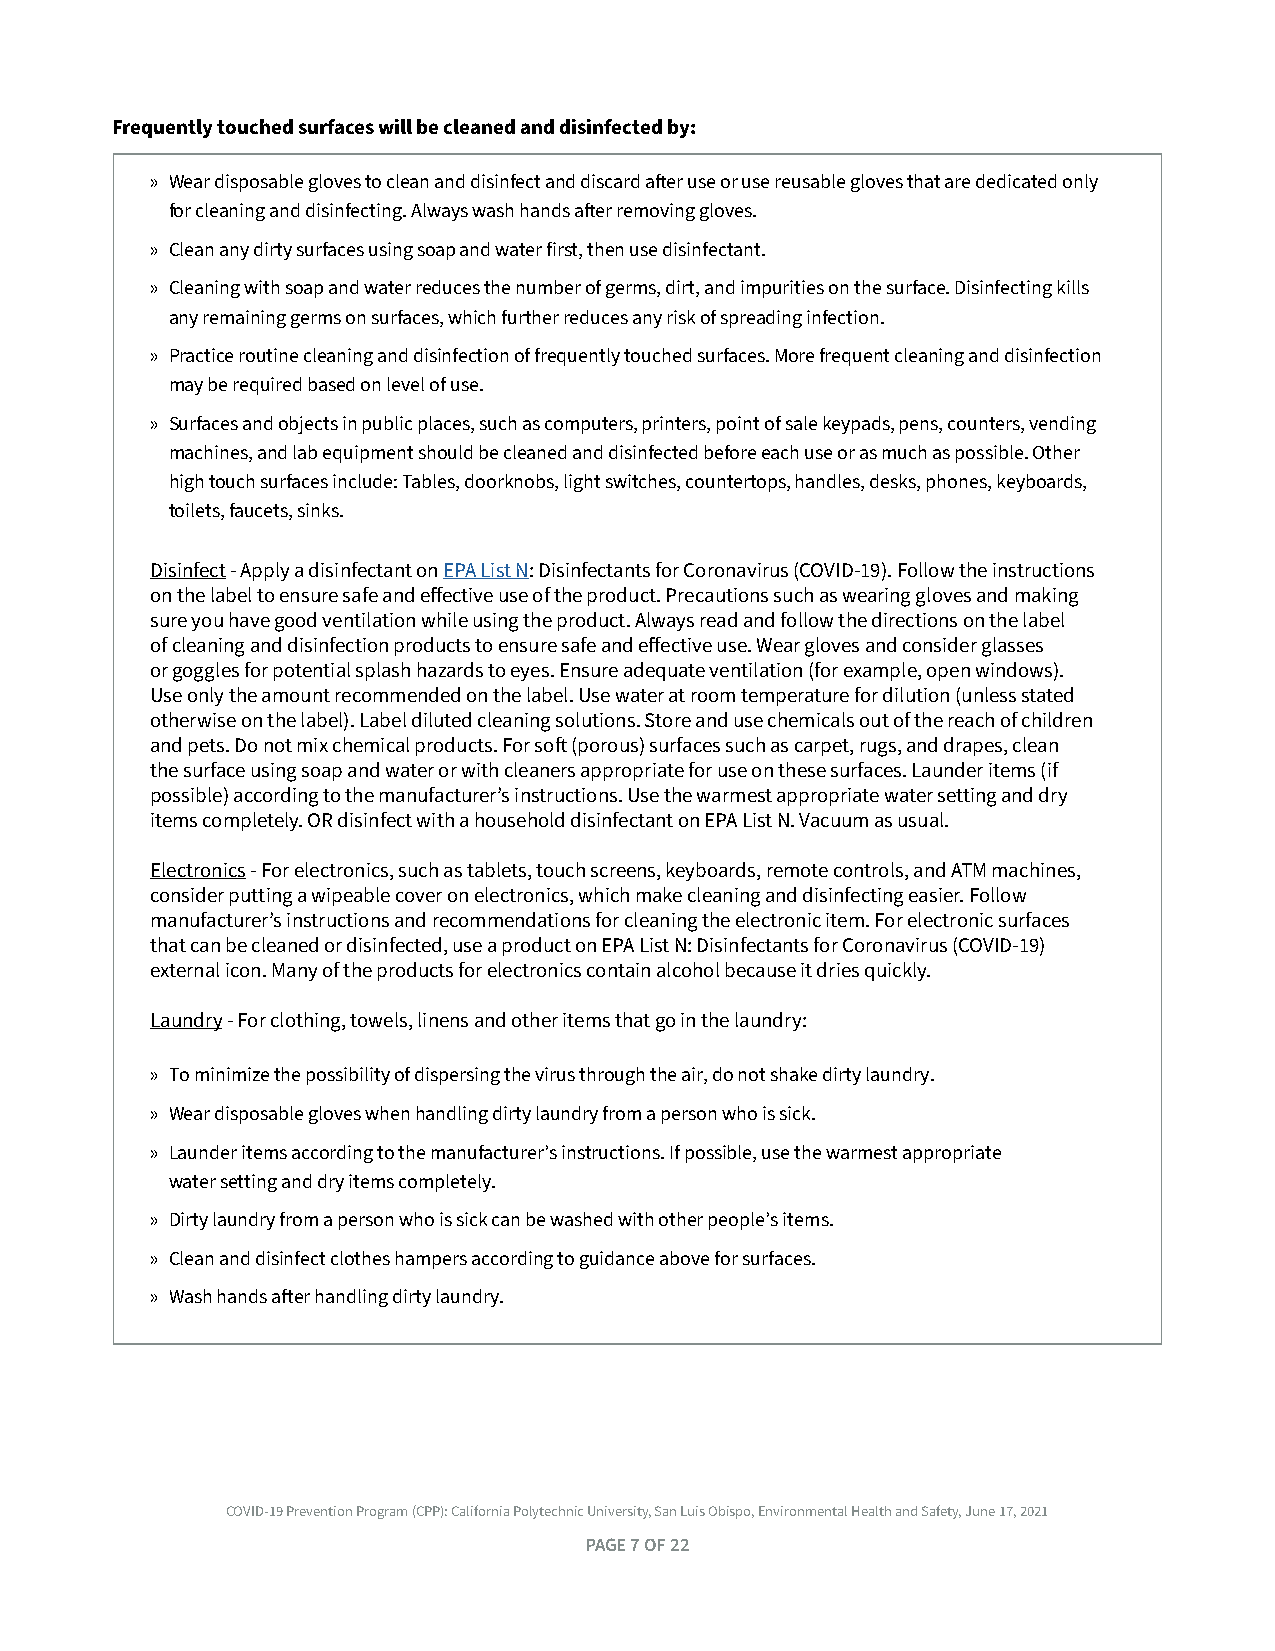
Frequently touched surfaces will be cleaned and disinfected by:
 » Wear disposable gloves to clean and disinfect and discard after use or use reusable gloves that are dedicated only
 for cleaning and disinfecting . Always wash hands after removing gloves .
 » Clean any dirty surfaces using soap and water first, then use disinfectant .
 » Cleaning with soap and water reduces the number of germs, dirt, and impurities on the surface . Disinfecting kills
 any remaining germs on surfaces, which further reduces any risk of spreading infection .
 » Practice routine cleaning and disinfection of frequently touched surfaces . More frequent cleaning and disinfection
 may be required based on level of use .
 » Surfaces and objects in public places, such as computers, printers, point of sale keypads, pens, counters, vending
 machines, and lab equipment should be cleaned and disinfected before each use or as much as possible . Other
 high touch surfaces include: Tables, doorknobs, light switches, countertops, handles, desks, phones, keyboards,
 toilets, faucets, sinks .
 Disinfect - Apply a disinfectant on EPA List N: Disinfectants for Coronavirus (COVID-19) . Follow the instructions
 on the label to ensure safe and effective use of the product . Precautions such as wearing gloves and making
 sure you have good ventilation while using the product . Always read and follow the directions on the label
 of cleaning and disinfection products to ensure safe and effective use . Wear gloves and consider glasses
 or goggles for potential splash hazards to eyes . Ensure adequate ventilation (for example, open windows) .
 Use only the amount recommended on the label . Use water at room temperature for dilution (unless stated
 otherwise on the label) . Label diluted cleaning solutions . Store and use chemicals out of the reach of children
 and pets . Do not mix chemical products . For soft (porous) surfaces such as carpet, rugs, and drapes, clean
 the surface using soap and water or with cleaners appropriate for use on these surfaces . Launder items (if
 possible) according to the manufacturer’s instructions . Use the warmest appropriate water setting and dry
 items completely . OR disinfect with a household disinfectant on EPA List N . Vacuum as usual .
 Electronics - For electronics, such as tablets, touch screens, keyboards, remote controls, and ATM machines,
 consider putting a wipeable cover on electronics, which make cleaning and disinfecting easier . Follow
 manufacturer’s instructions and recommendations for cleaning the electronic item . For electronic surfaces
 that can be cleaned or disinfected, use a product on EPA List N: Disinfectants for Coronavirus (COVID-19)
 external icon . Many of the products for electronics contain alcohol because it dries quickly .
 Laundry - For clothing, towels, linens and other items that go in the laundry:
 » To minimize the possibility of dispersing the virus through the air, do not shake dirty laundry .
 » Wear disposable gloves when handling dirty laundry from a person who is sick .
 » Launder items according to the manufacturer’s instructions . If possible, use the warmest appropriate
 water setting and dry items completely .
 » Dirty laundry from a person who is sick can be washed with other people’s items .
 » Clean and disinfect clothes hampers according to guidance above for surfaces .
 » Wash hands after handling dirty laundry .
 COVID-19 Prevention Program (CPP): California Polytechnic University, San Luis Obispo, Environmental Health and Safety, June 17, 2021
 PAGE 7 OF 22